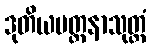
ဒုတိယပတ္ထနာသုတ္တံ